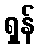
ရှန်